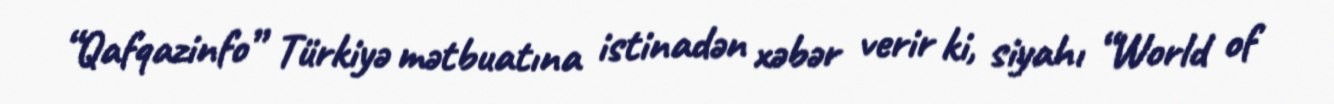
“Qafqazinfo” Türkiyə mətbuatına istinadən xəbər verir ki, siyahı “World of